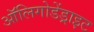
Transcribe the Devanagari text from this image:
ऑलिगोडेंड्राइट